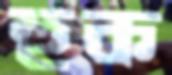
হুক